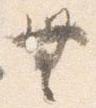
無